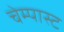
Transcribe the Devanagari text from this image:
चेम्पास्ट